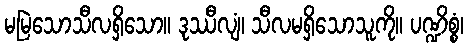
မမြဲသောသီလရှိသော။ ဒုဿီလျံ၊ သီလမရှိသောသူကို။ ပဏ္ဍိစ္စံ၊